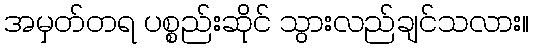
အမှတ်တရ ပစ္စည်းဆိုင် သွားလည်ချင်သလား။